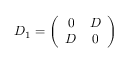
{ \cal D } _ { 1 } = \left( \begin{array} { c c } { { 0 } } & { { D } } \\ { { D } } & { { 0 } } \end{array} \right)